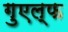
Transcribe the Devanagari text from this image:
गुएल्फ